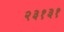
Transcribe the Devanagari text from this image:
२३१३१